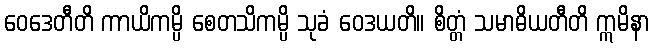
ဝေဒေတီတိ ကာယိကမ္ပိ စေတသိကမ္ပိ သုခံ ဝေဒယတိ။ စိတ္တံ သမာဓိယတီတိ ဣမိနာ